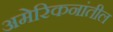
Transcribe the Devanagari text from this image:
अमेरिकनांतील